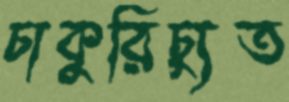
চাকুরিচ্যুত